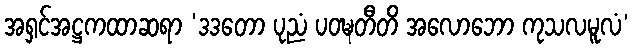
အရှင်အဋ္ဌကထာဆရာ ‘ဒဒတော ပုညံ ပဝဍ္ဎတီတိ အလောဘော ကုသလမူလံ’